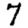
Digit: 7